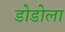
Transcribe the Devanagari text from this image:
डोडोला